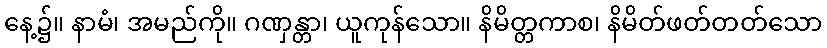
နေ့၌။ နာမံ၊ အမည်ကို။ ဂဏှန္တာ၊ ယူကုန်သော။ နိမိတ္တကာစ၊ နိမိတ်ဖတ်တတ်သော